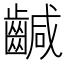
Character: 䶢